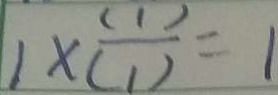
1 \times \frac { ( 1 ) } { ( 1 ) } = 1